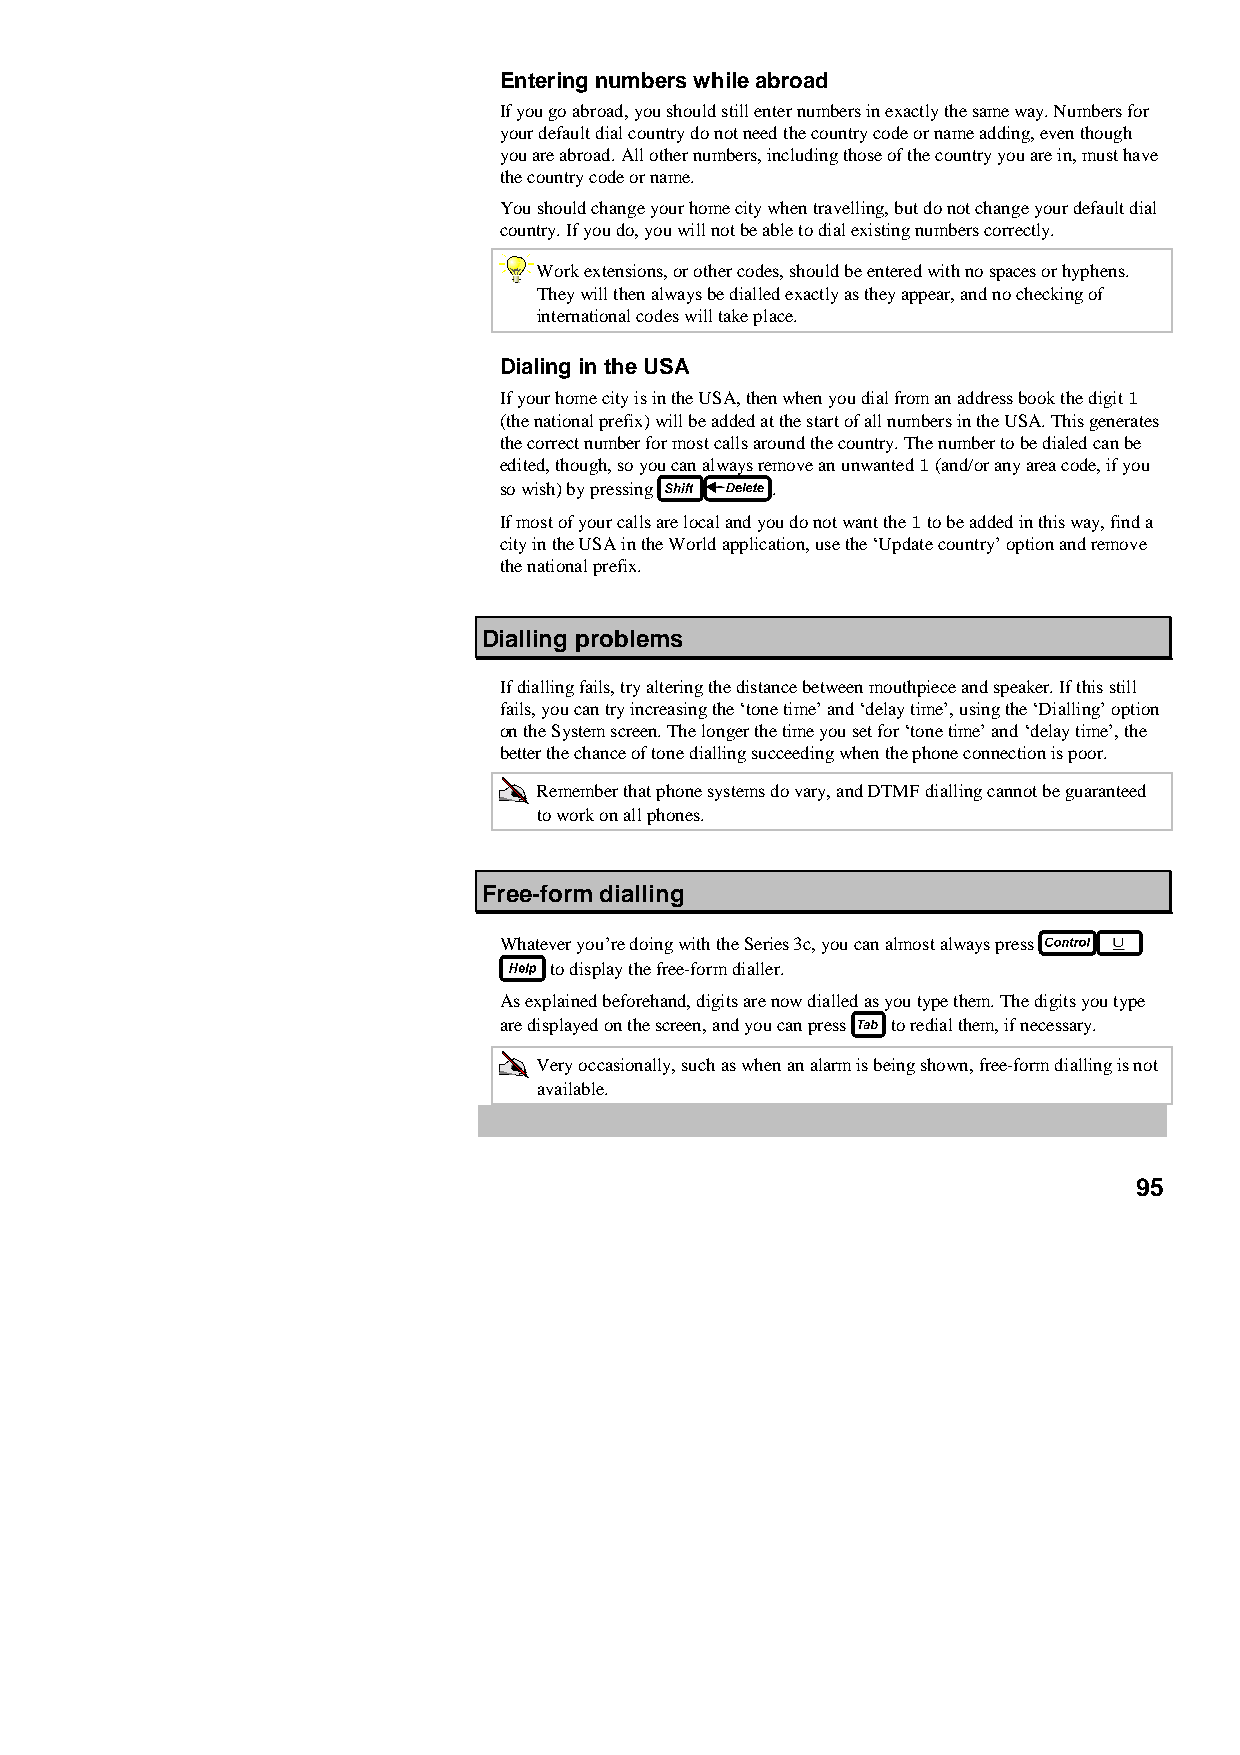
Entering numbers while abroad
 If you go abroad, you should still enter numbers in exactly the same way. Numbers for
 your default dial country do not need the country code or name adding, even though
 you are abroad. All other numbers, including those of the country you are in, must have
 the country code or name.
 You should change your home city when travelling, but do not change your default dial
 country. If you do, you will not be able to dial existing numbers correctly.
 Work extensions, or other codes, should be entered with no spaces or hyphens.
 They will then always be dialled exactly as they appear, and no checking of
 international codes will take place.
 Dialing in the USA
 If your home city is in the USA, then when you dial from an address book the digit 1
 (the national prefix) will be added at the start of all numbers in the USA. This generates
 the correct number for most calls around the country. The number to be dialed can be
 edited, though, so you can always remove an unwanted 1 (and/or any area code, if you
 so wish) by pressing .
 If most of your calls are local and you do not want the 1 to be added in this way, find a
 city in the USA in the World application, use the ‘Update country’ option and remove
 the national prefix.
 Dialling problems
 If dialling fails, try altering the distance between mouthpiece and speaker. If this still
 fails, you can try increasing the ‘tone time’ and ‘delay time’, using the ‘Dialling’ option
 on the System screen. The longer the time you set for ‘tone time’ and ‘delay time’, the
 better the chance of tone dialling succeeding when the phone connection is poor.
 Remember that phone systems do vary, and DTMF dialling cannot be guaranteed
 to work on all phones.
 Free-form dialling
 Whatever you’re doing with the Series 3c, you can almost always press
 to display the free-form dialler.
 As explained beforehand, digits are now dialled as you type them. The digits you type
 are displayed on the screen, and you can press to redial them, if necessary.
 Very occasionally, such as when an alarm is being shown, free-form dialling is not
 available.
 95